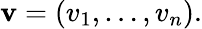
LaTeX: \mathbf{v}=(v_{1},\ldots,v_{n}).